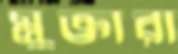
মুক্তারা